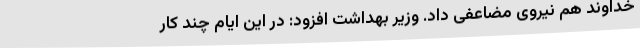
خداوند هم نیروی مضاعفی داد. وزیر بهداشت افزود: در این ایام چند کار